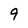
Character: 9